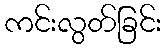
ကင်းလွတ်ခြင်း